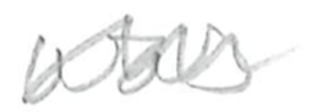
Text: was
Cross-out: wave
Writing tool: pencil